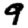
Digit: 9